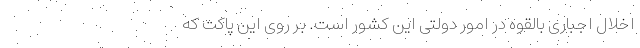
اخلال اجباری بالقوه در امور دولتی این کشور است. بر روی این پاکت که